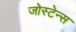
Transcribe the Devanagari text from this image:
जोस्टेन्स